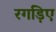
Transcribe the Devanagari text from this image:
रगड़िए